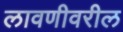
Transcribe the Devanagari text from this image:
लावणीवरील